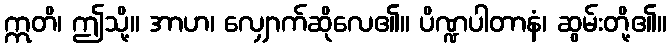
ဣတိ၊ ဤသို့။ အာဟ၊ လျှောက်ဆိုလေ၏။ ပိဏ္ဍပါတာနံ၊ ဆွမ်းတို့၏။